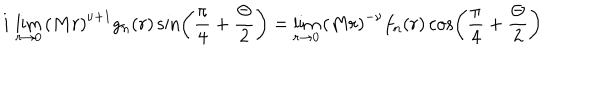
i \, \lim _ { r \rightarrow 0 } \left( M r \right) ^ { \nu + 1 } g _ { n } ( r ) \sin \left( \frac { \pi } { 4 } + \frac { \Theta } { 2 } \right) = \lim _ { r \rightarrow 0 } \left( M r \right) ^ { - \nu } f _ { n } ( r ) \cos \left( \frac { \pi } { 4 } + \frac { \Theta } { 2 } \right)